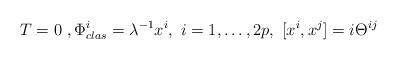
LaTeX: \begin{align*}T=0 \ ,\Phi^i_{clas}=\lambda^{-1} x^i, \ i=1,\dots, 2p, \ [x^i,x^j]=i\Theta^{ij}\end{align*}